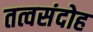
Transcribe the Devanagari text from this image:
तत्वसंदोह